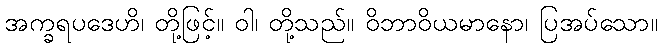
အက္ခရပဒေဟိ၊ တို့ဖြင့်။ ဝါ၊ တို့သည်။ ဝိဘာဝိယမာနော၊ ပြအပ်သော။